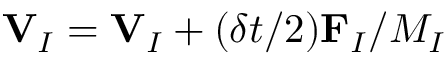
{ \bf V } _ { I } = { \bf V } _ { I } + ( \delta t / 2 ) { \bf F } _ { I } / M _ { I }